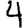
Digit: 4